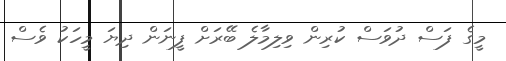
މީގެ ފަސް ދުވަސް ކުރިން ވިލިމާލެ ބޭރަށް ފީނަން ދިޔަ މީހަކު ވެސް